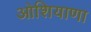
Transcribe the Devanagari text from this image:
ओशियाणा